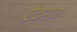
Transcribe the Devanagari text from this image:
ऐकशन